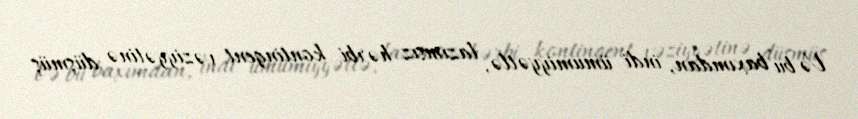
Və bu baxımdan, indi ümumiyyətlə, lazımsız hərbi kontingent vəziyyətinə düşmüş